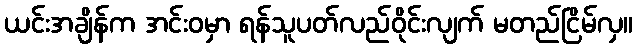
ယင်းအချိန်က အင်းဝမှာ ရန်သူပတ်လည်ဝိုင်းလျက် မတည်ငြိမ်လှ။